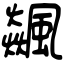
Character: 飊